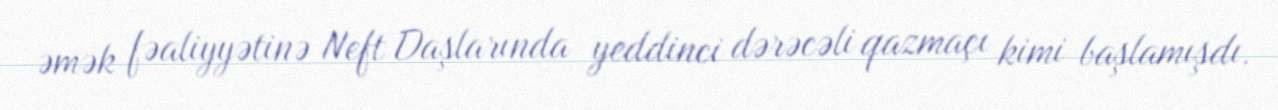
əmək fəaliyyətinə Neft Daşlarında yeddinci dərəcəli qazmaçı kimi başlamışdı.